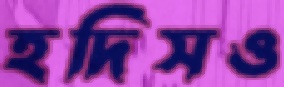
হদিসও